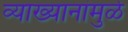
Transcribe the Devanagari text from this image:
व्याख्यानांमुळे